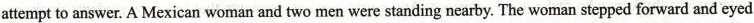
attempt to answer. A Mexican woman and two men were standing nearbyThe woman stepped forward and eyed